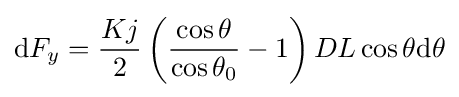
\mathrm {d} F_{y}={\frac {Kj}{2}}\left({\frac {\cos \theta }{\cos \theta _{0}}}-1\right)DL\cos \theta \mathrm {d} \theta